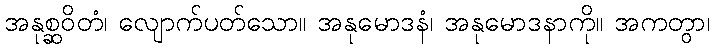
အနုစ္ဆဝိတံ၊ လျောက်ပတ်သော။ အနုမောဒနံ၊ အနုမောဒနာကို။ အကတွာ၊